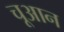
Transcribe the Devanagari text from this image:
चूआन